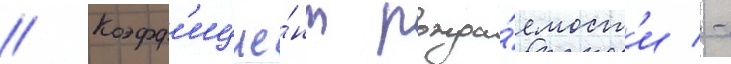
// Коэфф'ицие́нт рожда́емост'и -